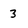
Character: 3